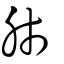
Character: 肺